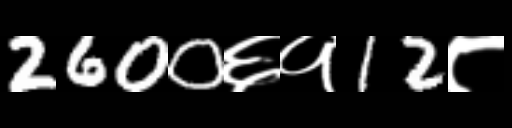
Text: 2600६१12८